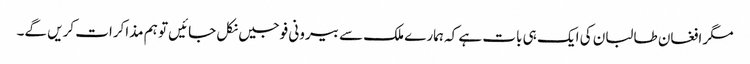
مگر افغان طالبان کی ایک ہی بات ہے کہ ہمارے ملک سے بیرونی فوجیں نکل جائیں تو ہم مذاکرات کریں گے۔